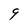
Character: 9